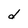
Character: d